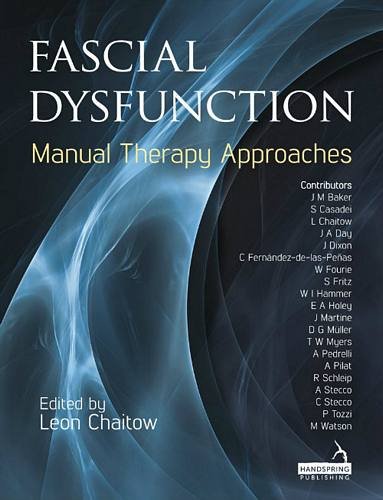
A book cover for Fascial Dysfunction: Manual Therapy Approaches; Health, Fitness & Dieting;